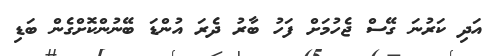
އަދި ކަރުނަ ގޭސް ޖެހުމަށް ފަހު ބާރު ދެރަ އުންޑަ ބޭނުންކޮށްގެން ބަޑި